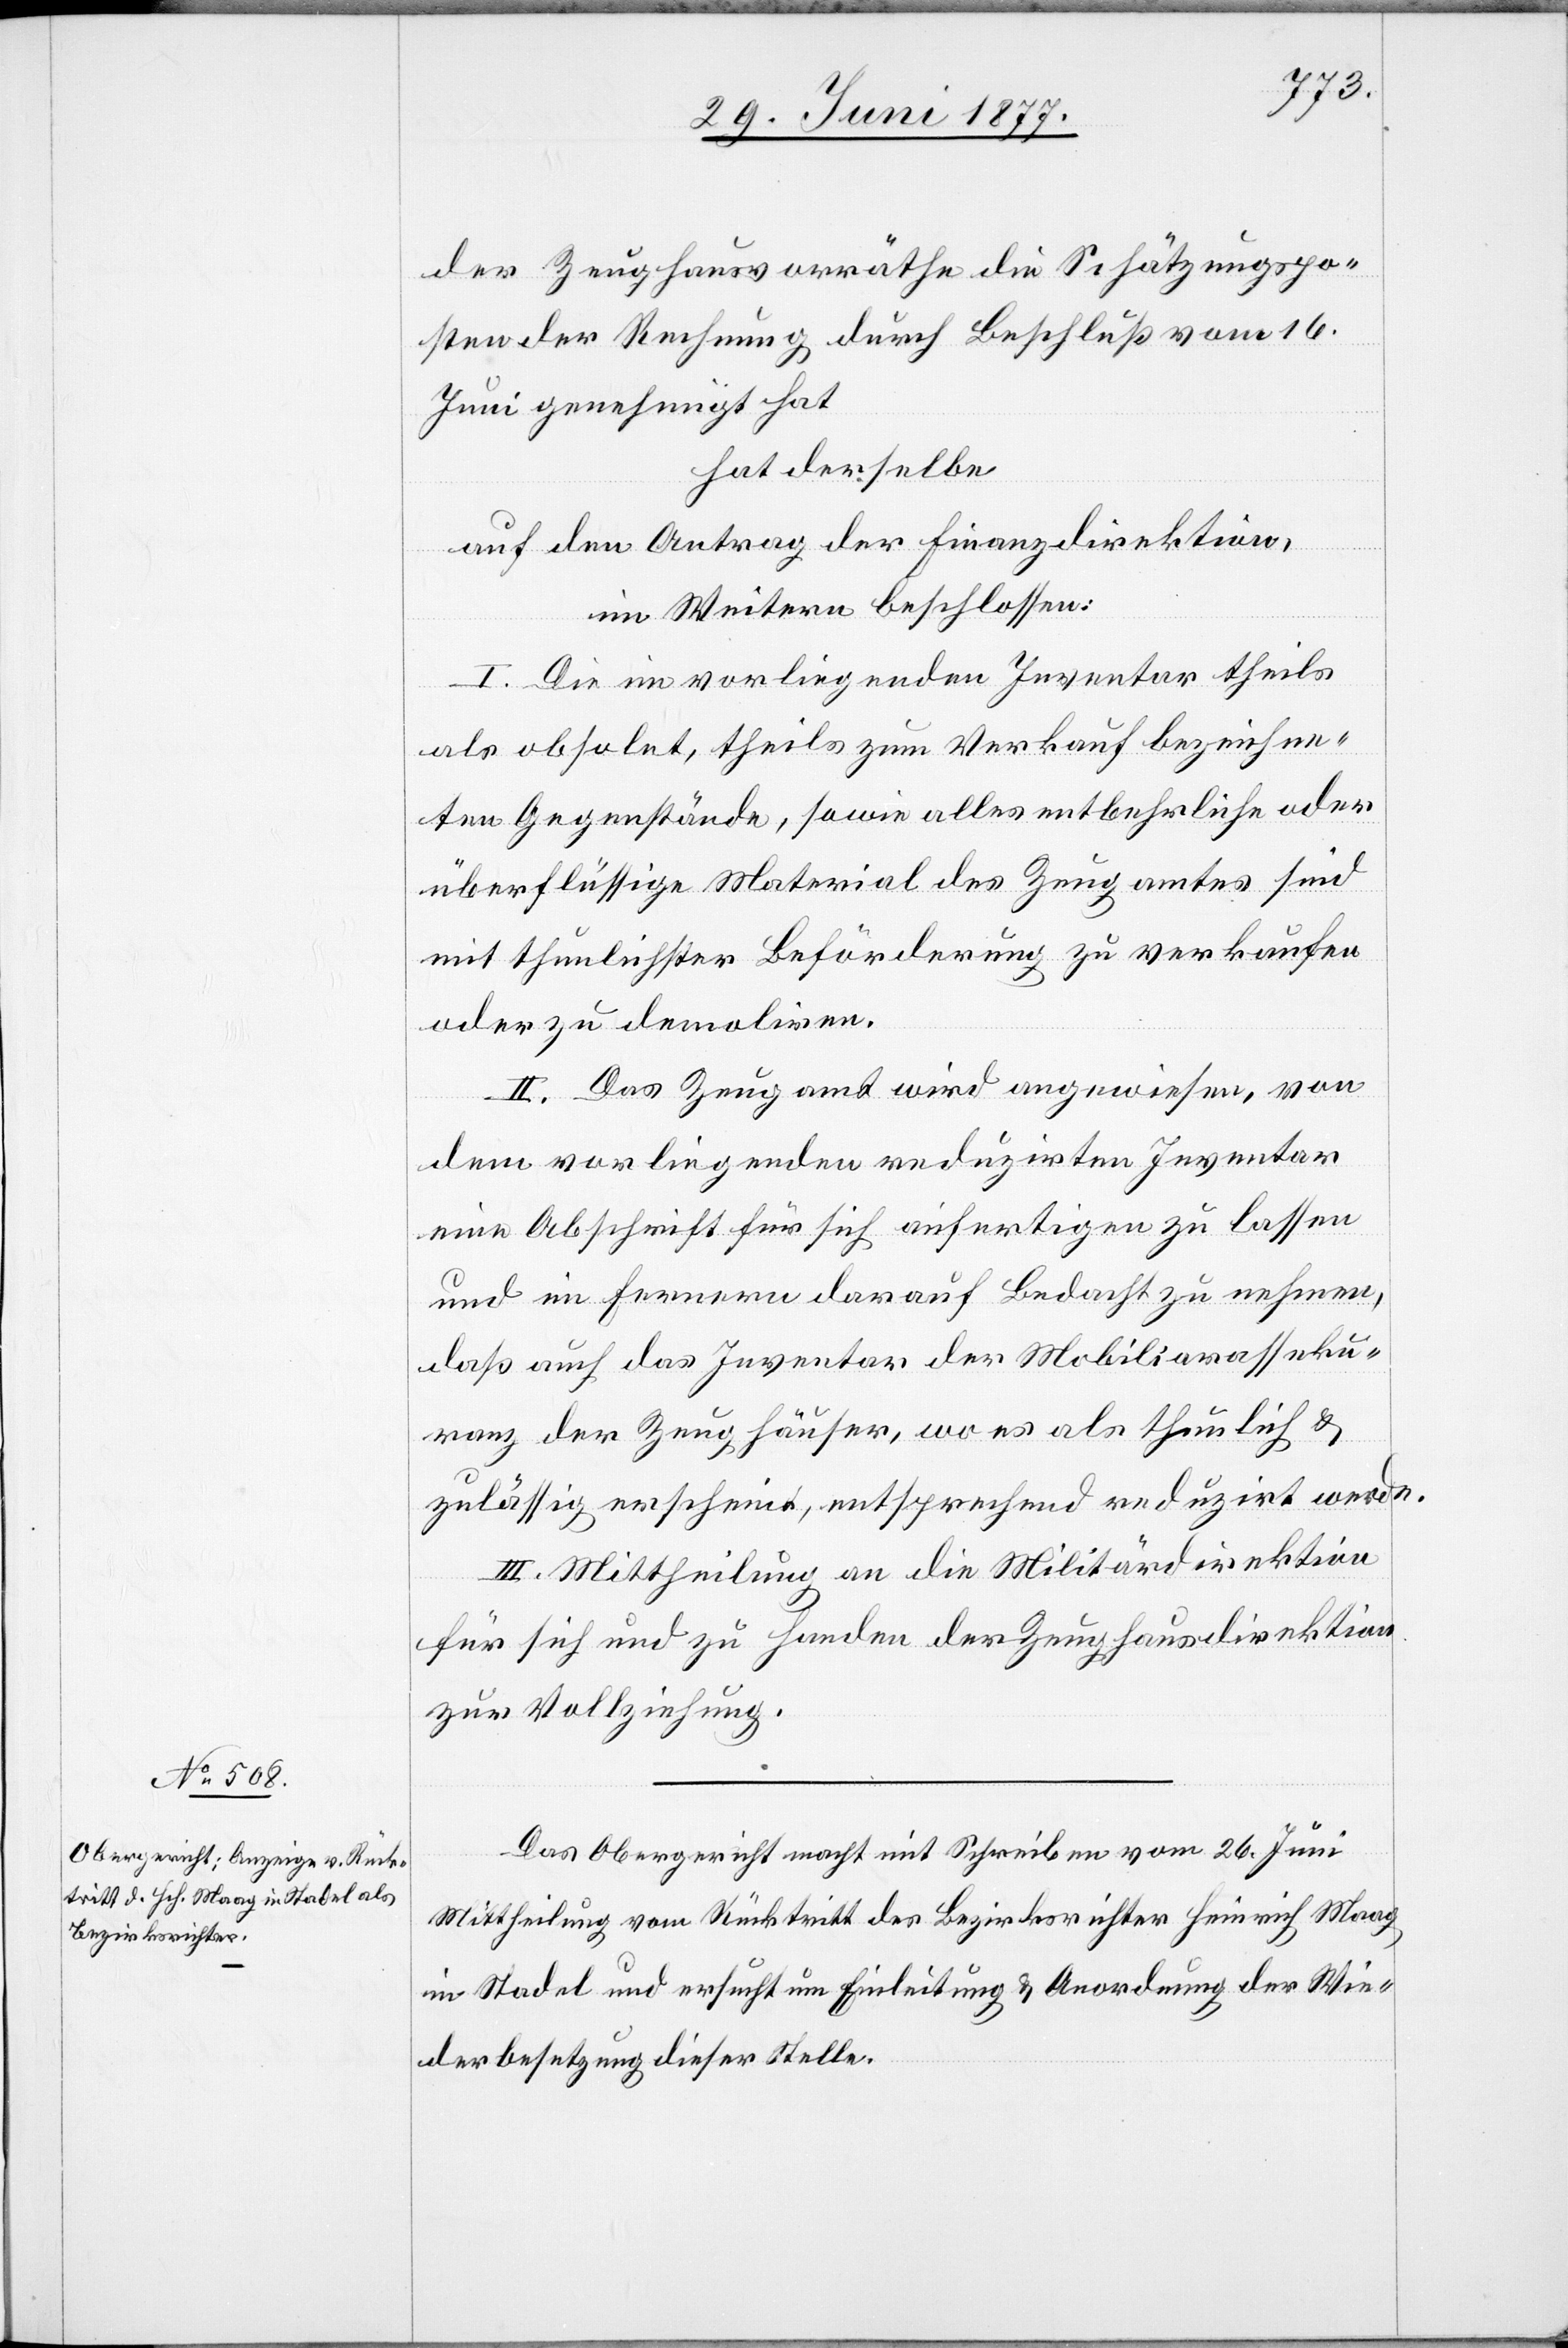
der Zeughausvorräthe die Schätzungspo¬
sten der Rechnung durch Beschluß vom 16.
Juni genehmigt hat
hat derselbe
auf den Antrag der Finanzdirektion,
im Weitern beschlossen:
I. Die im vorliegenden Inventar theils
als obsolet, theils zum Verkauf bezeichne¬
ten Gegenstände, sowie alles entbehrliche oder
überflüssige Material des Zeugamtes sind
mit thunlichster Beförderung zu verkaufen
oder zu demoliren.
II. Das Zeugamt wird angewiesen, von
dem vorliegenden revidirten Inventar
eine Abschrift für sich anfertigen zu lassen
und im Fernern darauf Bedacht zu nehmen,
daß auch das Inventar der Mobiliarasseku¬
ranz der Zeughäuser, wo es als thunlich &
zulässig erscheint, entsprechend reduzirt werde.
III. Mittheilung an die Militärdirektion
für sich und zu Handen der Zeughausdirektion
zur Vollziehung.
Das Obergericht macht mit Schreiben vom 26. Juni
Mittheilung vom Rücktritt des Bezirksrichter Heinrich Maag
in Stadel und ersucht um Einleitung & Anordnung der Wie¬
derbesetzung dieser Stelle.